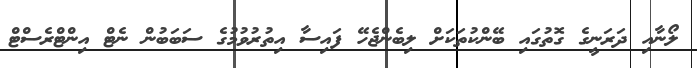
ލޯނާއި ދަރަނީގެ ގޮތުގައި ބޭންކުތަކަށް ލިބެންޖެހޭ ފައިސާ އިތުރުވުމުގެ ސަބަބުން ނެޓް އިންޓްރެސްޓް